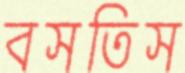
বসতিস